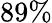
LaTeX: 89\%